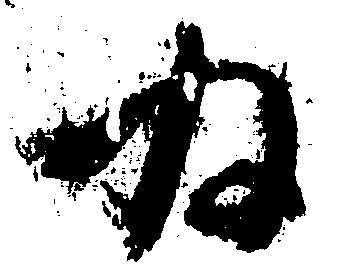
為